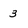
Character: 3